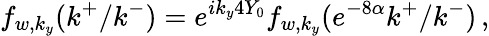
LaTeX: f_{w,k_{y}}(k^{+}/k^{-})=e^{ik_{y}4Y_{0}}f_{w,k_{y}}(e^{-8\alpha}k^{+}/k^{-})\, ,